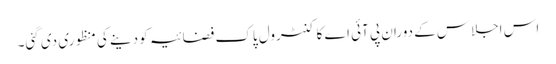
اس اجلاس کے دوران پی آئی اے کا کنٹرول پاک فضائیہ کو دینے کی منظوری دی گئی۔